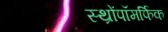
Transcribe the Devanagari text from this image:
स्थ्रोंपॉमर्फिक